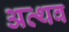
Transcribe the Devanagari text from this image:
अत्थव